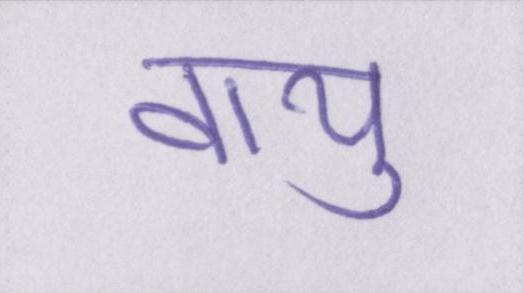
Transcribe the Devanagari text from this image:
वायु